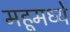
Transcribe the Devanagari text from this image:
महूमध्ये